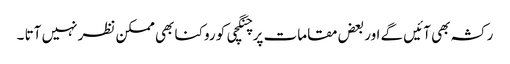
رکشہ بھی آئیں گے اور بعض مقامات پر چنگچی کو روکنا بھی ممکن نظر نہیں آتا ۔